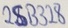
Text: 2SB528